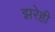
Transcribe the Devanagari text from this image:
झरेही